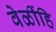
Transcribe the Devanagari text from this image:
वेळींहि